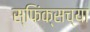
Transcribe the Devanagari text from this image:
स्फिंक्सच्या